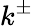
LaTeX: k^{\pm}